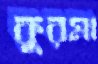
কুরমা